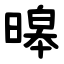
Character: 暤